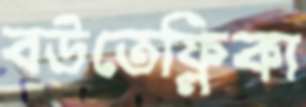
বউতেফ্লিকা